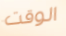
الوقت